Report of the Municipal Commissioner on the plague in Bombay for the year ending 31st May... - Volume 3
Disease focus: Plague
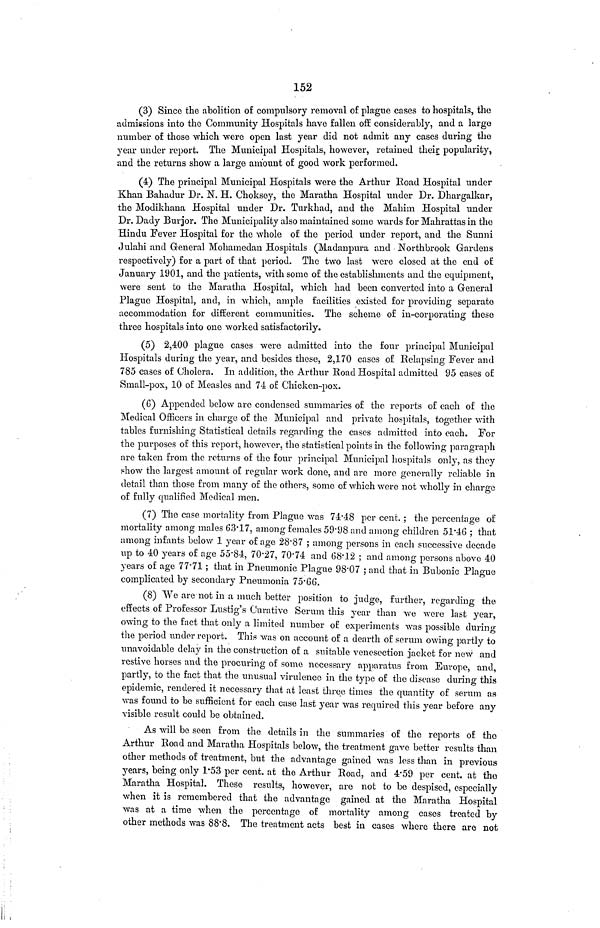
152
(3) Since the abolition of compulsory removal of plague cases to hospitals, the
admissions into the Community Hospitals have fallen off considerably, and a large
number of those which were open last year did not admit any cases during the
year under report. The Municipal Hospitals, however, retained their popularity,
and the returns show a large amount of good work performed.
(4) The principal Municipal Hospitals were the Arthur Road Hospital under
Khan Bahadur Dr. N. H. Choksey, the Maratha Hospital under Dr. Dhargalkar,
the Modikhana Hospital under Dr. Turkhad, and the Mahim Hospital under
Dr. Dady Burjor. The Municipality also maintained some wards for Mahrattas in the
Hindu Fever Hospital for the whole of the period under report, and the Sunni
Julahi and General Mohamedan Hospitals (Madanpura and Northbrook Gardens
respectively) for a part of that period. The two last were closed at the end of
January 1901, and the patients, with some of the establishments and the equipment,
were sent to the Maratha Hospital, which had been converted into a General
Plague Hospital, and, in which, ample facilities existed for providing separate
accommodation for different communities. The scheme of in-corporating these
three hospitals into one worked satisfactorily.
(5) 2,400 plague cases were admitted into the four principal Municipal
Hospitals during the year, and besides these, 2,170 cases of Relapsing Fever and
785 cases of Cholera. In addition, the Arthur Road Hospital admitted 95 cases of
Small-pox, 10 of Measles and 74 of Chicken-pox.
(6) Appended below are condensed summaries of the reports of each of the
Medical Officers in charge of the Municipal and private hospitals, together with
tables furnishing Statistical details regarding the cases admitted into each. For
the purposes of this report, however, the statistical points in the following paragraph
are taken from the returns of the four principal Municipal hospitals only, as they
show the largest amount of regular work clone, and are more generally reliable in
detail than those from many of the others, some of which were not wholly in charge
of fully qualified Medical men.
(7) The case mortality from Plague was 7448 per cent. ; the percentage of
mortality among males 63·17, among females 59·98 and among children 51·46 ; that
among infants below 1 year of age 28·87 ; among persons in each successive decade
up to 40 years of age 55·84, 70·27, 70·74 and 68·12 ; and among persons above 40
years of age 77·71 ; that in Pneumonic Plague 98·07 ; and that in Bubonic Plague
complicated by secondary Pneumonia 75·66.
(8) We are not in a much better position to judge, further, regarding the
effects of Professor Lustig's Curative Serum this year than we were last year,
owing to the fact that only a limited number of experiments was possible during
the period under report. This was on account of a dearth of serum owing partly to
unavoidable delay in the construction of a suitable venesection jacket for new and
restive horses and the procuring of some necessary apparatus from Europe, and,
partly, to the fact that the unusual virulence in the type of the disease during this
epidemic, rendered it necessary that at least three times the quantity of serum as
was found to be sufficient for each case last year was required this year before any
visible result could be obtained.
As will be seen from the details in the summaries of the reports of the
Arthur Road and Maratha Hospitals below, the treatment gave better results than
other methods of treatment, but the advantage gained was less than in previous
years, being only 1·53 per cent, at the Arthur Road, and 4·59 per cent, at the
Maratha Hospital. These results, however, are not to be despised, especially
when it is remembered that the advantage gained at the Maratha Hospital
was at a time when the percentage of mortality among cases treated by
other methods was 88·8. The treatment acts best in cases where there are not